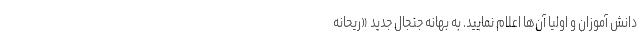
دانش آموزان و اولیا آن‌ها اعلام نمایید. به بهانه جنجال جدید «ریحانه